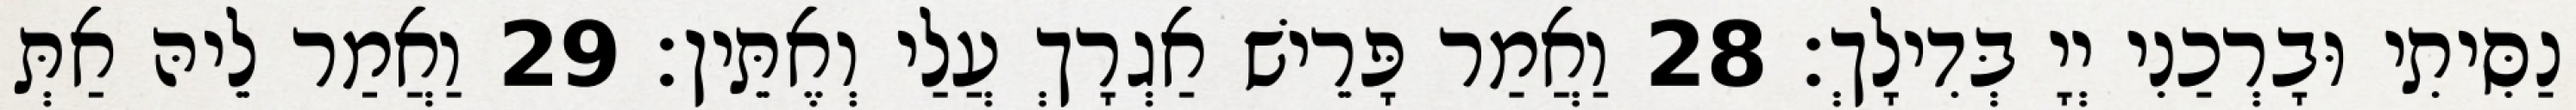
נַסִּיתִי וּבָרְכַנִי יְיָ בְּדִילָךְ׃ 28 וַאֲמַר פָּרֵישׁ אַגְרָךְ עֲלַי וְאֶתֵּין׃ 29 וַאֲמַר לֵיהּ אַתְּ